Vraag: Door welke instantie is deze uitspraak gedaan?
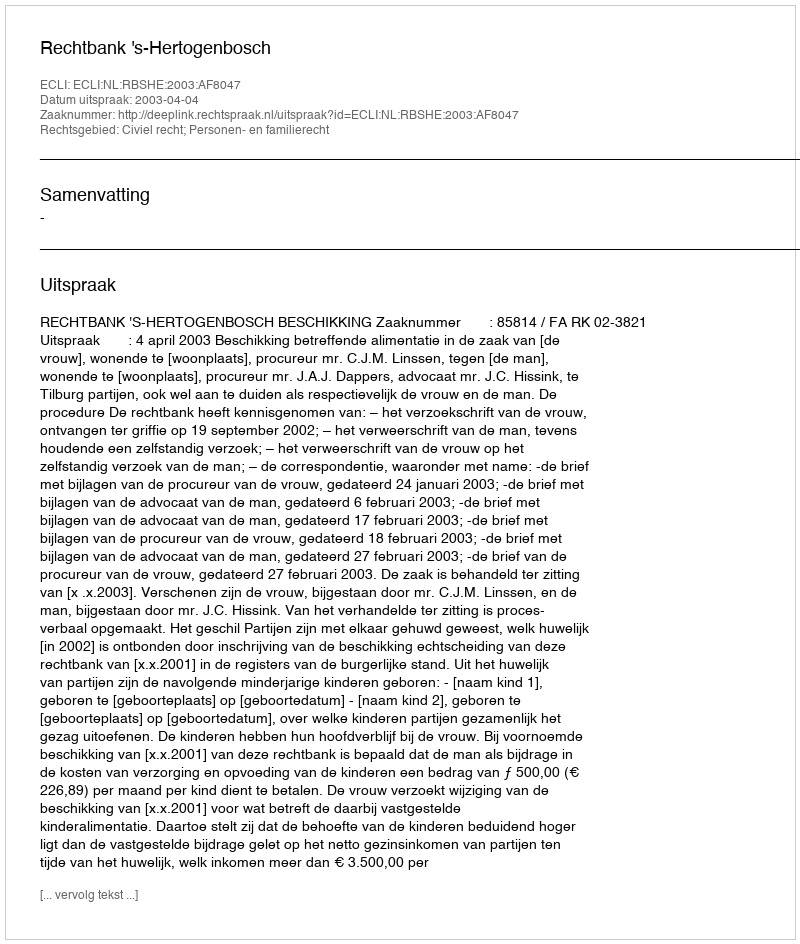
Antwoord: Rechtbank 's-Hertogenbosch